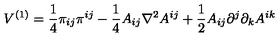
V ^ { ( 1 ) } = \frac { 1 } { 4 } \pi _ { i j } \pi ^ { i j } - \frac { 1 } { 4 } A _ { i j } \nabla ^ { 2 } A ^ { i j } + \frac { 1 } { 2 } A _ { i j } \partial ^ { j } \partial _ { k } A ^ { i k }